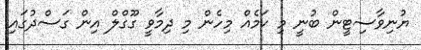
ޔުނިވާސިޓީން ބުނީ މި ކަމެއް މިހެން މި ދިމާވީ ގޫގްލް އިން ގަސްދުގައި